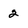
Character: 2